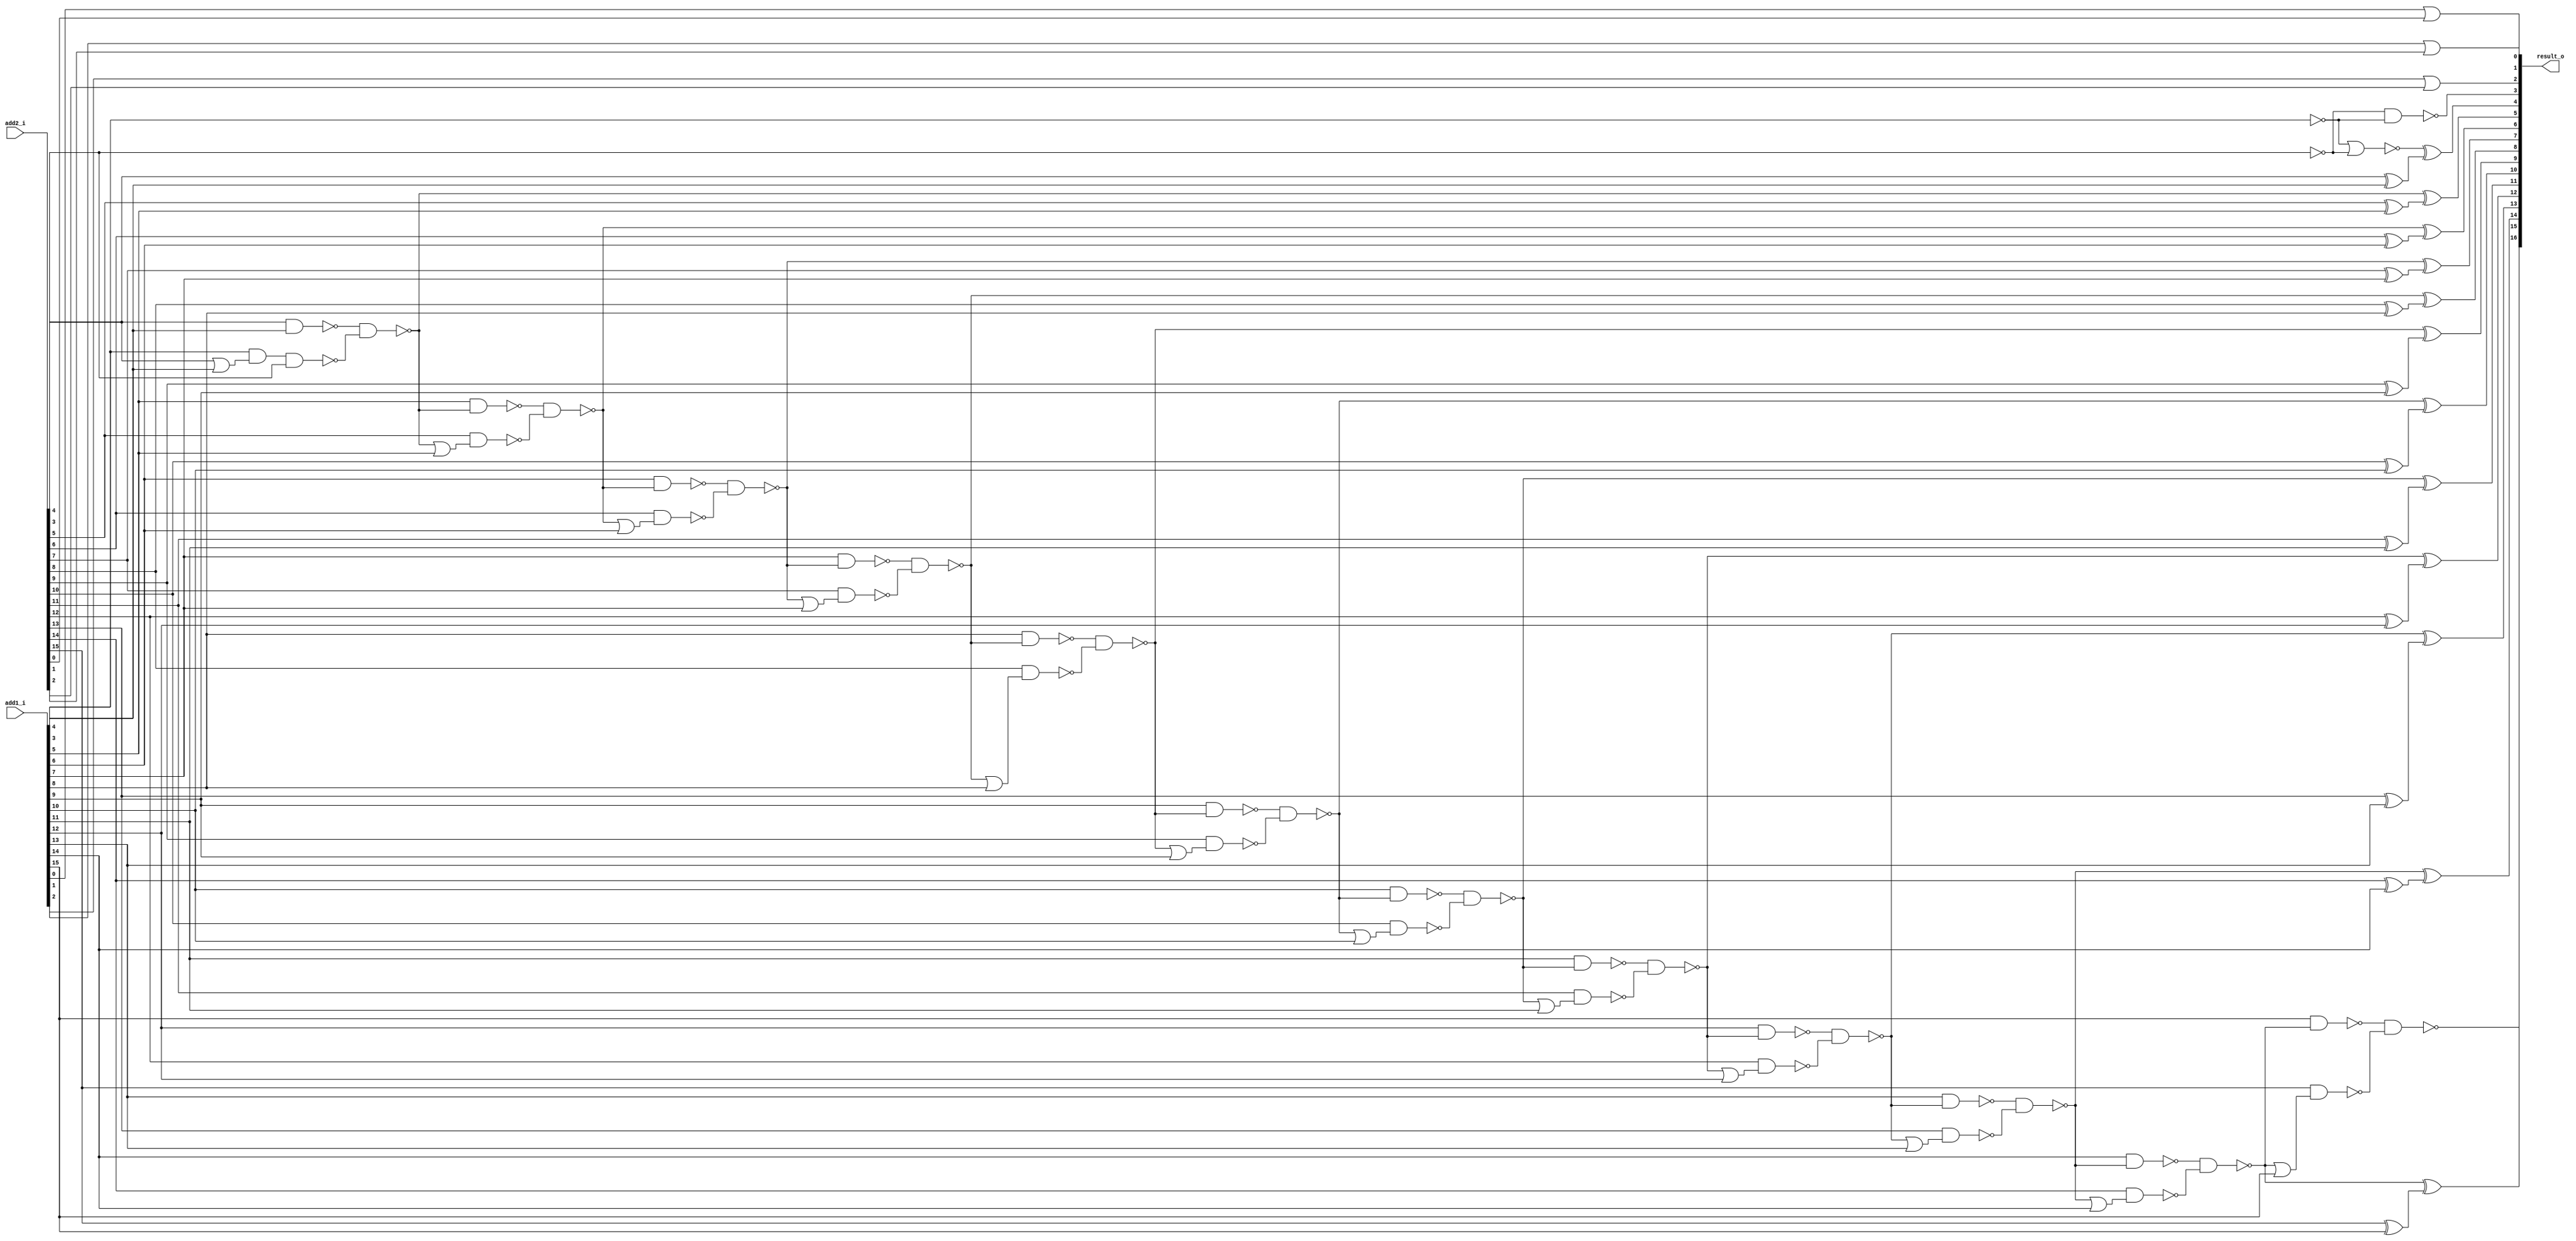
module lower_part_or_carry_lookahead_adder16 ( add1_i, add2_i, result_o );
  input [15:0] add1_i, add2_i;
  output [16:0] result_o;
  wire   n14, n15, n16, n17, n18, n19, n20, n21, n22, n23, n24, n25, n26, n27,
         n28, n29, n30, n31, n32, n33, n34, n35, n36, n37, n38, n39, n40, n41,
         n42, n43, n44, n45, n46, n47, n48, n49, n50, n51, n52, n53, n54, n55,
         n56, n57, n58, n59, n60, n61, n62, n63, n64, n65, n66, n67, n68, n69,
         n70, n71, n72, n73, n74, n75;

  xor U63 ( result_o[9], n16, n17);
  xor U64 ( n17, add2_i[9], add1_i[9]);
  xor U65 ( result_o[8], n18, n19);
  xor U66 ( n19, add2_i[8], add1_i[8]);
  xor U67 ( result_o[7], n20, n21);
  xor U68 ( n21, add2_i[7], add1_i[7]);
  xor U69 ( result_o[6], n22, n23);
  xor U70 ( n23, add2_i[6], add1_i[6]);
  xor U71 ( result_o[5], n24, n25);
  xor U72 ( n25, add2_i[5], add1_i[5]);
  xor U73 ( result_o[4], n26, n27);
  xor U74 ( n27, add2_i[4], add1_i[4]);
  xor U75 (  result_o[15], n31, n32);
  xor U76 ( n32, add2_i[15], add1_i[15]);
  xor U77 ( result_o[14], n36, n37);
  xor U78 ( n37, add2_i[14], add1_i[14]);
  xor U79 ( result_o[13], n41, n42);
  xor U80 ( n42, add2_i[13], add1_i[13]);
  xor U81 ( result_o[12], n46, n47);
  xor U82 ( n47, add2_i[12], add1_i[12]);
  xor U83 ( result_o[11], n51, n52);
  xor U84 ( n52, add2_i[11], add1_i[11]);
  xor U85 ( result_o[10], n56, n57);
  xor U86 ( n57, add2_i[10], add1_i[10]);
  nand U87 ( result_o[3], n15, n14);
  nand U88 ( n24, n73, n74);
  nand U89 ( n73, add2_i[4], add1_i[4]);
  nand U90 ( n74, add1_i[3], n75, add2_i[3]);
  or U91 ( n75, add2_i[4], add1_i[4]);
  nand U92 ( n22, n70, n71);
  nand U93 ( n70, add1_i[5], n24);
  nand U94 ( n71, add2_i[5], n72);
  or U95 ( n72, n24, add1_i[5]);
  nand U96 ( n20, n67, n68);
  nand U97 ( n67, add1_i[6], n22);
  nand U98 ( n68, add2_i[6], n69);
  or U99 ( n69, n22, add1_i[6]);
  nand U100 ( n18, n64, n65);
  nand U101 ( n64, add1_i[7], n20);
  nand U102 ( n65, add2_i[7], n66);
  or U103 ( n66, n20, add1_i[7]);
  nand U104 ( n16, n61, n62);
  nand U105 ( n61, add1_i[8], n18);
  nand U106 ( n62, add2_i[8], n63);
  or U107 ( n63, n18, add1_i[8]);
  nand U108 ( n56, n58, n59);
  nand U109 ( n58, add1_i[9], n16);
  nand U110 ( n59, add2_i[9], n60);
  or U111 ( n60, n16, add1_i[9]);
  nand U112 ( n51, n53, n54);
  nand U113 ( n53, add1_i[10], n56);
  nand U114 ( n54, add2_i[10], n55);
  or U115 ( n55, n56, add1_i[10]);
  nand U116 ( n46, n48, n49);
  nand U117 ( n48, add1_i[11], n51);
  nand U118 ( n49, add2_i[11], n50);
  or U119 ( n50, n51, add1_i[11]);
  nand U120 ( n41, n43, n44);
  nand U121 ( n43, add1_i[12], n46);
  nand U122 ( n44, add2_i[12], n45);
  or U123 ( n45, n46, add1_i[12]);
  nand U124 ( n36, n38, n39);
  nand U125 ( n38, add1_i[13], n41);
  nand U126 ( n39, add2_i[13], n40);
  or U127 ( n40, n41, add1_i[13]);
  nand U128 ( n31, n33, n34);
  nand U129 ( n33, add1_i[14], n36);
  nand U130 ( n34, add2_i[14], n35);
  or U131 ( n35, n36, add1_i[14]);
  nand U132 ( result_o[16], n28, n29);
  nand U133 ( n28, add1_i[15], n31);
  nand U134 ( n29, add2_i[15], n30);
  or U135 ( n30, n31, add1_i[15]);
  nor U136 ( n26, n14, n15);
  not U137 ( n14, add1_i[3]);
  not U138 ( n15, add2_i[3]);
  or U139 ( result_o[0], add1_i[0], add2_i[0]);
  or U140 ( result_o[1], add1_i[1], add2_i[1]);
  or U141 ( result_o[2], add1_i[2], add2_i[2]);
endmodule